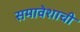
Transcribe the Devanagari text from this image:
समावेशाची